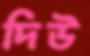
দিউ